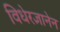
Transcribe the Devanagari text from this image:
विधेरज्ञानेन